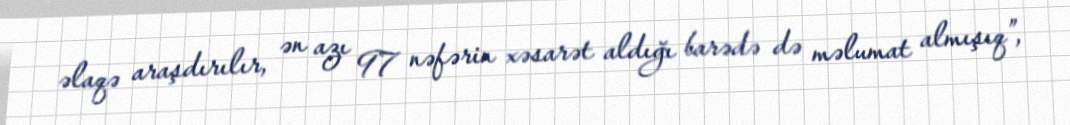
əlaqə araşdırılır, ən azı 97 nəfərin xəsarət aldığı barədə də məlumat almışıq”,